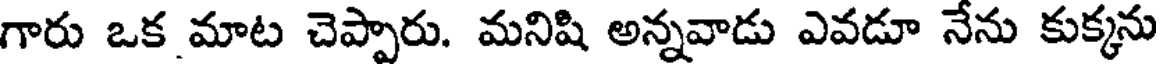
గారు ఒక మాట చెప్పారు. మనిషి అన్నవాడు ఎవడూ నేను కుక్కను